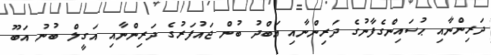
ދަރިންނާއި ޙުސައިންގެފާނުގެ ދަރިންނާއި ޢަބްދު ބުން ޖައުފަރުގެ ދަރިންނާއި އަގީލް ބުނު އަބޫ